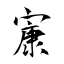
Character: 㝩